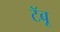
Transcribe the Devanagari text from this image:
टॅबू